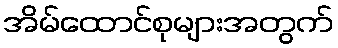
အိမ်ထောင်စုများအတွက်